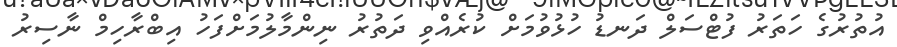
އުތުރުގެ ހަތަަރު ފުޓްސަލް ދަނޑު ހުޅުވުމަށް ކުރެއްވި ދަތުރު ނިންމާލުމަށްފަހު އިބްރާހިމް ނާސިރު